Leaving Certificate Examination (including Day School Certificate (Higher) General paper), 1938
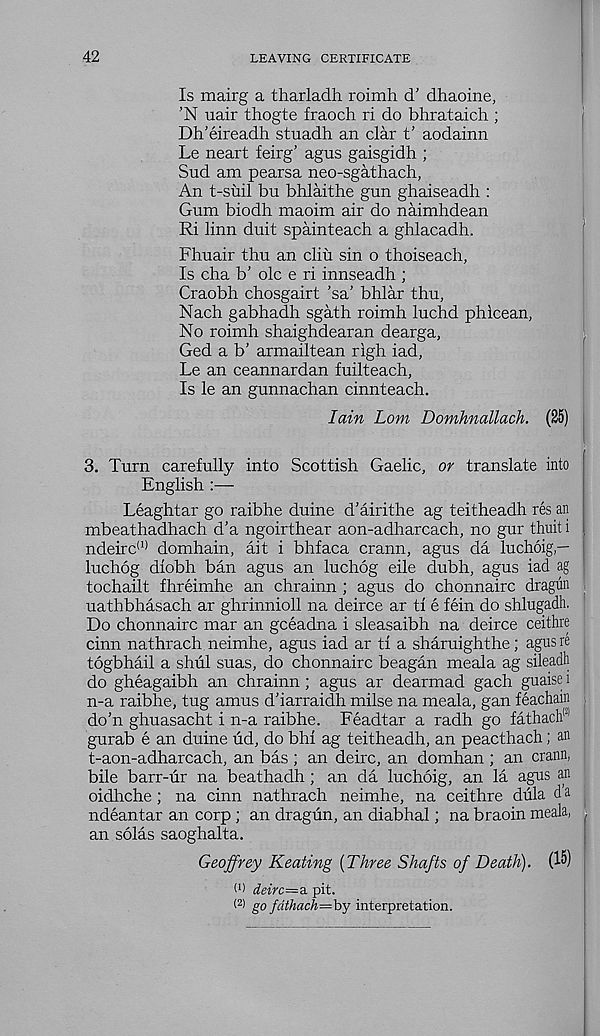
42
LEAVING CERTIFICATE
Is mairg a tharladh roimh d’ dhaoine,
’N uair thogte fraoch ri do bhrataich ;
Dh’eireadh stuadh an clar t’ aodainn
Le neart feirg’ agus gaisgidh ;
Sud am pearsa neo-sgathach,
An t-suil bn bhlaithe gun ghaiseadh :
Gum biodh maoim air do naimhdean
Ri linn duit spainteach a ghlacadh.
Fhuair thu an cliu sin o thoiseach,
Is cha b’ ole e ri innseadh ;
Craobh chosgairt ’sa’ bhlar thu,
Nach gabhadh sgath roimh luchd phicean,
No roimh shaighdearan dearga,
Ged a b’ armailtean righ iad,
Le an ceannardan fuilteach,
Is le an gunnachan cinnteach.
Iain Lom Domhnallach. (25)
3. Turn carefully into Scottish Gaelic, or translate into
English :—
Leaghtar go raibhe duine d’airithe ag teitheadh res an
mbeathadhach d’a ngoirthear aon-adharcach, no gur thuit i
ndeirc (1) domhain, ait i bhfaca crann, agus da luchoig —
luchog diobh ban agus an luchog eile dubh, agus iad ag
tochailt fhreimhe an chrainn ; agus do chonnairc dragiin
uathbhasach ar ghrinnioll na deirce ar tf e fein do shlugadh.
Do chonnairc mar an geeadna i sleasaibh na deirce ceithre
cinn nathrach neimhe, agus iad ar tf a sharuighthe; agus re
togbhail a shul suas, do chonnairc beagan meala ag sileadh
do gheagaibh an chrainn; agus ar dearmad gach guaise i
n-a raibhe, tug amus d’iarraidh milse na meala, gan feachain
do’n ghuasacht i n-a raibhe. Feadtar a radh go fathaclh 1
gurab e an duine ud, do bhf ag teitheadh, an peacthach; an
t-aon-adharcach, an bas ; an deirc, an domhan ; an crann,
bile barr-ur na beathadh; an da luchoig, an la agus an
oidhche; na cinn nathrach neimhe, na ceithre diila d a
ndeantar an corp ; an dragun, an diabhal; na braoin meala,
an solas saoghalta.
Geoffrey Keating {Three Shafts of Death). (15)
U) ddrc=a. pit.
< 2 ) go fdthach—by interpretation.